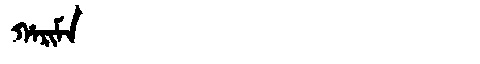
Manchu: ᡥᠠᡵᡳᠮᠠ
Romanization: HARIMA